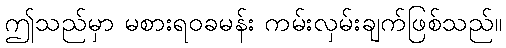
ဤသည်မှာ မစားရဝခမန်း ကမ်းလှမ်းချက်ဖြစ်သည်။